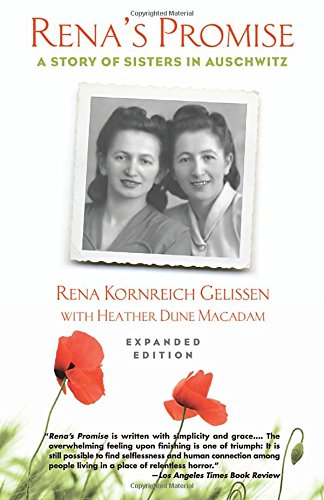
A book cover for Rena's Promise: A Story of Sisters in Auschwitz; Rena Kornreich Gelissen; Biographies & Memoirs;